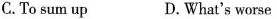
C.To sum up D.What's worse